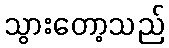
သွားတော့သည်